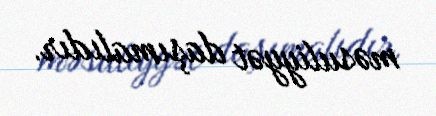
məsuliyyət daşımalıdır.